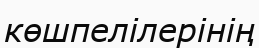
көшпелілерінің